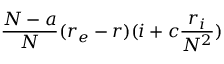
\frac { N - a } { N } ( r _ { e } - r ) ( i + c \frac { r _ { i } } { N ^ { 2 } } )